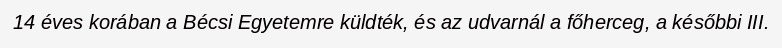
14 éves korában a Bécsi Egyetemre küldték, és az udvarnál a főherceg, a későbbi III.